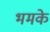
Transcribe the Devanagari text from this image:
भमके